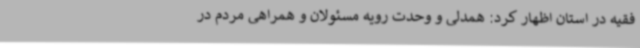
فقیه در استان اظهار کرد: همدلی و وحدت رویه مسئولان و همراهی مردم در